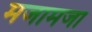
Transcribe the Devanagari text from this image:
मजामजा